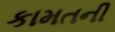
કામતની